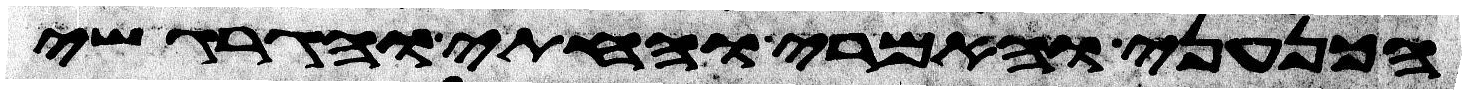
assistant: הכנעני והאמרי והחתי והגרגשי